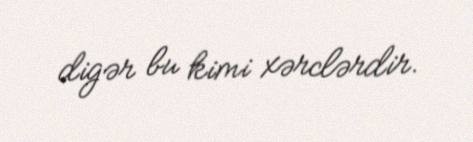
digər bu kimi xərclərdir.